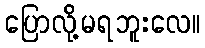
ပြောလို့မရဘူးလေ။